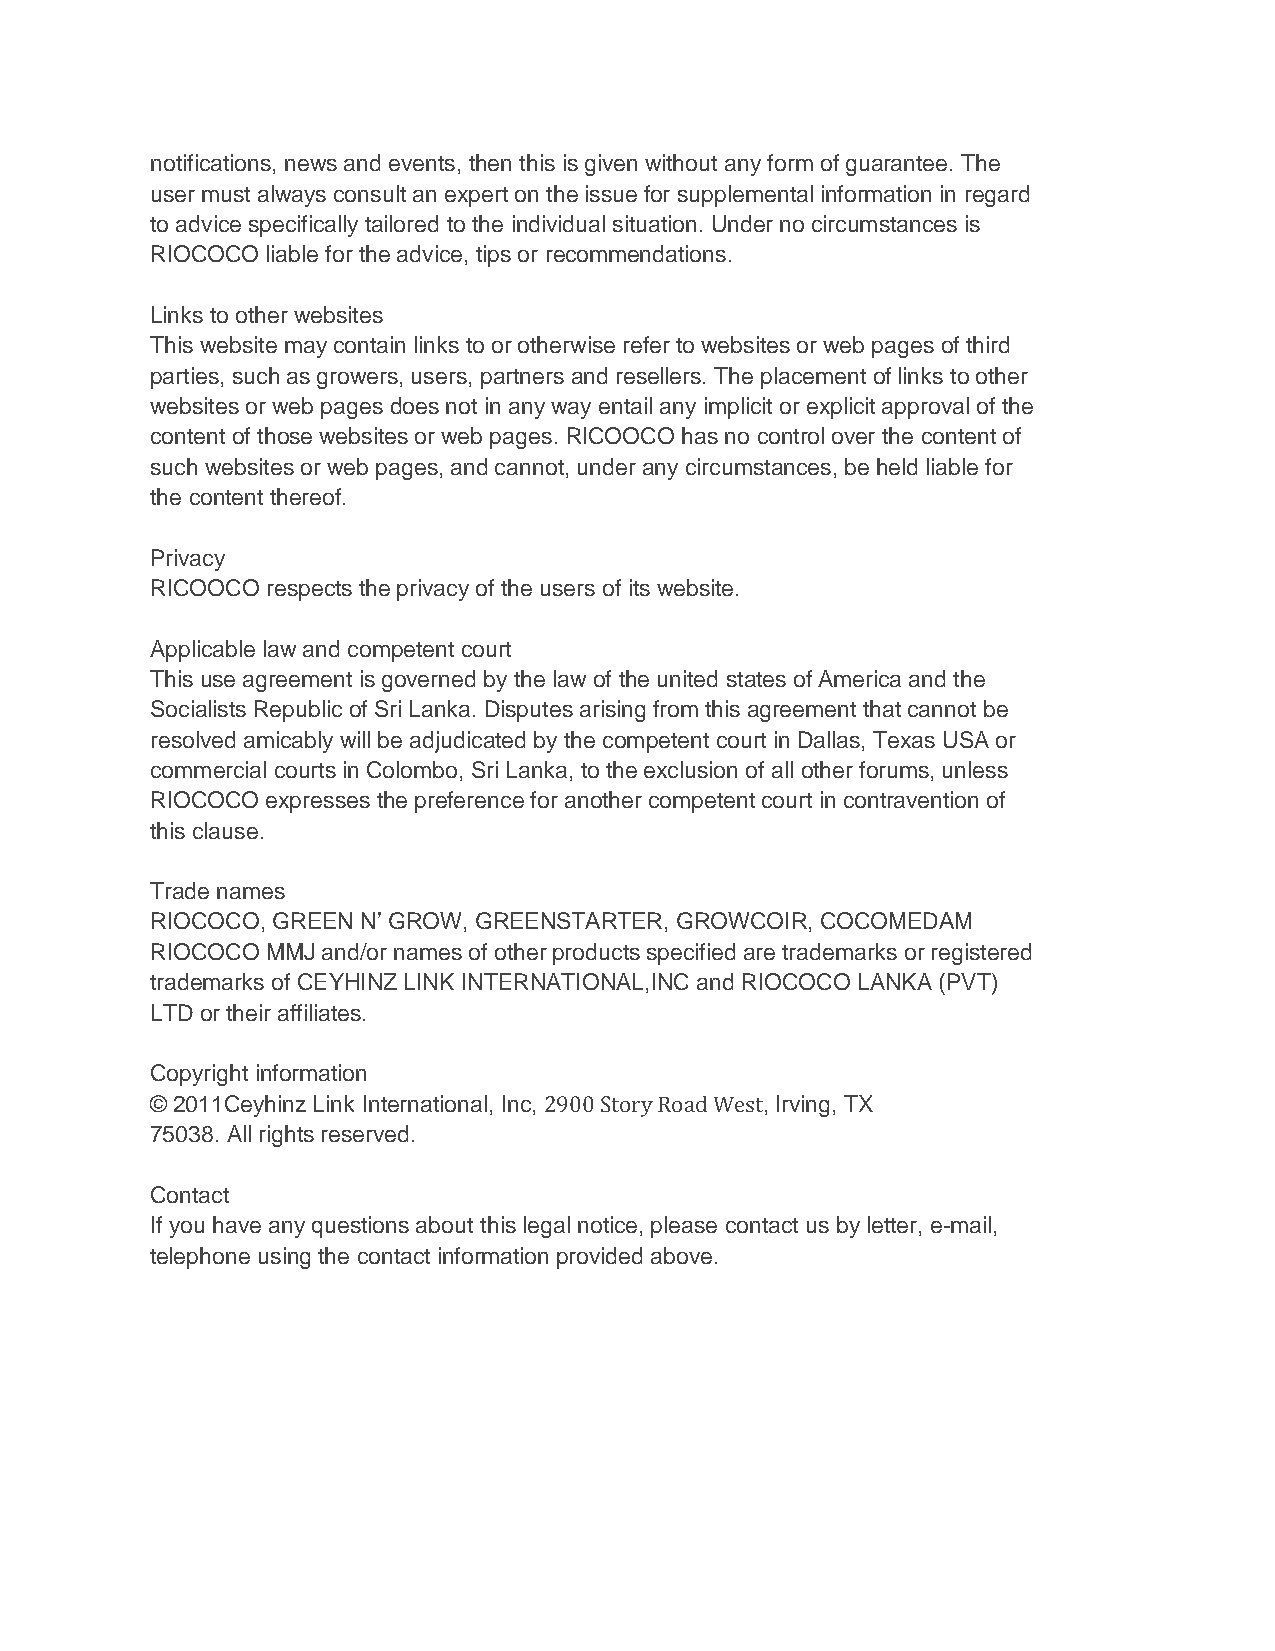
notifications, news and events, then this is given without any form of guarantee. The
 user must always consult an expert on the issue for supplemental information in regard
 to advice specifically tailored to the individual situation. Under no circumstances is
 RIOCOCO liable for the advice, tips or recommendations.
 Links to other websites
 This website may contain links to or otherwise refer to websites or web pages of third
 parties, such as growers, users, partners and resellers. The placement of links to other
 websites or web pages does not in any way entail any implicit or explicit approval of the
 content of those websites or web pages. RICOOCO has no control over the content of
 such websites or web pages, and cannot, under any circumstances, be held liable for
 the content thereof.
 Privacy
 RICOOCO respects the privacy of the users of its website.
 Applicable law and competent court
 This use agreement is governed by the law of the united states of America and the
 Socialists Republic of Sri Lanka. Disputes arising from this agreement that cannot be
 resolved amicably will be adjudicated by the competent court in Dallas, Texas USA or
 commercial courts in Colombo, Sri Lanka, to the exclusion of all other forums, unless
 RIOCOCO expresses the preference for another competent court in contravention of
 this clause.
 Trade names
 RIOCOCO, GREEN N’ GROW, GREENSTARTER, GROWCOIR, COCOMEDAM
 RIOCOCO MMJ and/or names of other products specified are trademarks or registered
 trademarks of CEYHINZ LINK INTERNATIONAL,INC and RIOCOCO LANKA (PVT)
 LTD or their affiliates.
 Copyright information
 © 2011Ceyhinz Link International, Inc, 2900 Story Road West, Irving, TX
 75038. All rights reserved.
 Contact
 If you have any questions about this legal notice, please contact us by letter, e-mail,
 telephone using the contact information provided above.